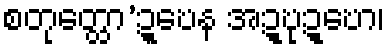
စတုတ္ထော’ဍ္ဎေန အဍ္ဎုဍ္ဎော၊